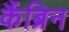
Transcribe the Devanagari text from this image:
कैंब्रिन